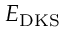
E _ { \mathrm { D K S } }